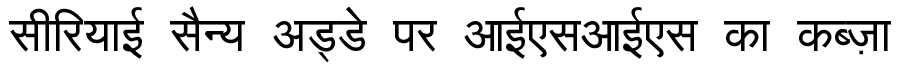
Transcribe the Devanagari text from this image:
सीरियाई सैन्य अड्डे पर आईएसआईएस का कब्ज़ा